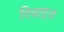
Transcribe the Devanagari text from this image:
रिवाइज़